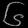
Digit: ၆